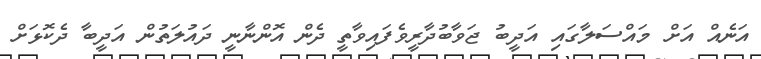
އަނެއް އަށް މައްސަލާގައި އަދީބު ޖަވާބުދާރީވެފައިވާތީ ދެން އޮންނާނީ ދައުލަތުން އަދީބާ ދެކޮޅަށް